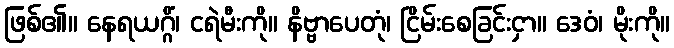
ဖြစ်၏။ နေရယဂ္ဂိံ၊ ငရဲမီးကို။ နိဗ္ဗာပေတုံ၊ ငြိမ်းစေခြင်းငှာ။ ဒေဝံ၊ မိုးကို။